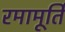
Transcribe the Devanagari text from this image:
रमामूर्ति